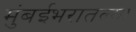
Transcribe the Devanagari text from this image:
मुंबईभरातल्या